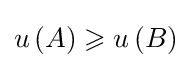
u\left(A\right)\geqslant u\left(B\right)